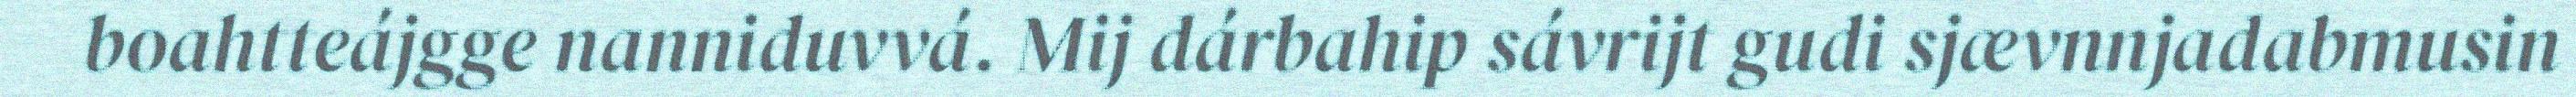
boahtteájgge nanniduvvá. Mij dárbahip sávrijt gudi sjævnnjadabmusin